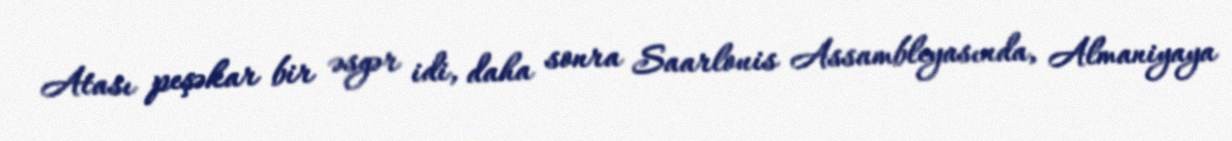
Atası peşəkar bir əsgər idi, daha sonra Saarlouis Assambleyasında, Almaniyaya